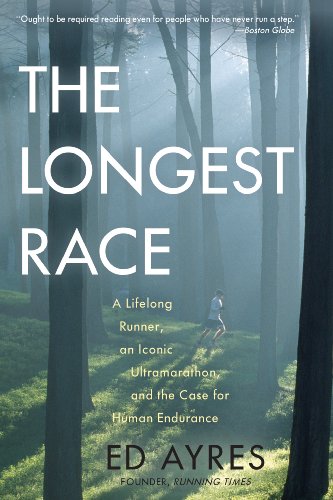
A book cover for The Longest Race: A Lifelong Runner, An Iconic Ultramarathon, and the Case for Human Endurance; Ed Ayres; Sports & Outdoors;